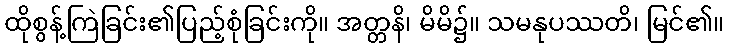
ထိုစွန့်ကြဲခြင်း၏ပြည့်စုံခြင်းကို။ အတ္တနိ၊ မိမိ၌။ သမနုပဿတိ၊ မြင်၏။